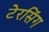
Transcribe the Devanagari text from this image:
टेरसिंग